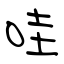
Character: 哇